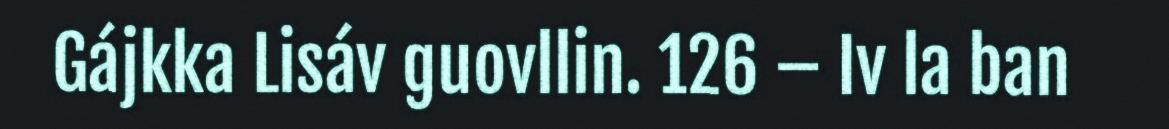
Gájkka Lisáv guovllin. 126 – Iv la ban